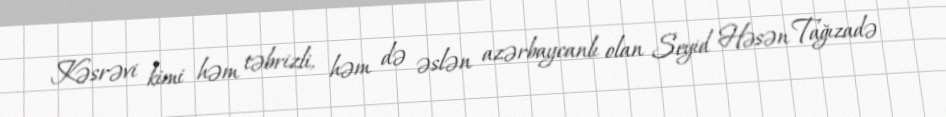
Kəsrəvi kimi həm təbrizli, həm də əslən azərbaycanlı olan Seyid Həsən Tağızadə